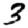
Digit: 3